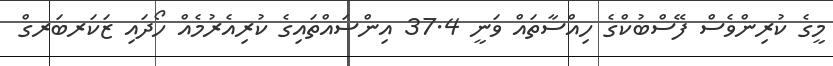
މީގެ ކުރިންވެސް ފޭސްބުކްގެ ހިއްސާތައް ވަނީ 37.4 އިންސައްތައިގެ ކުރިއެރުމެއް ހޯދައި ޒަކަރބަރގް